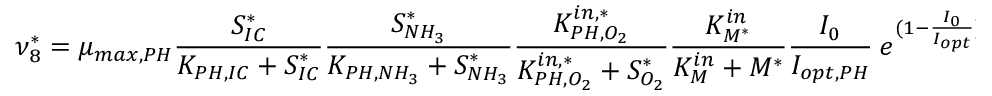
\nu _ { 8 } ^ { * } = \mu _ { m a x , P H } \frac { S _ { I C } ^ { * } } { K _ { P H , I C } + S _ { I C } ^ { * } } \frac { S _ { N H _ { 3 } } ^ { * } } { K _ { P H , N H _ { 3 } } + S _ { N H _ { 3 } } ^ { * } } \frac { K _ { P H , O _ { 2 } } ^ { i n , * } } { K _ { P H , O _ { 2 } } ^ { i n , * } + S _ { O _ { 2 } } ^ { * } } \frac { K _ { M ^ { * } } ^ { i n } } { K _ { M } ^ { i n } + M ^ { * } } \frac { I _ { 0 } } { I _ { o p t , P H } } \ e ^ { ( 1 - \frac { I _ { 0 } } { I _ { o p t } } ) } \psi _ { d _ { P H } } ^ { * }